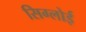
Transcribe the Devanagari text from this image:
सिग्लोई